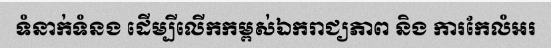
ទំនាក់ទំនង ដើម្បីលើកកម្ពស់ឯករាជ្យភាព និង ការកែលំអរ